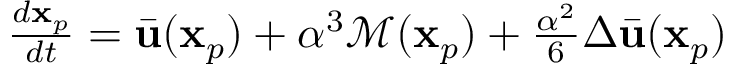
\begin{array} { r } { \frac { d \mathbf { x } _ { p } } { d t } = \bar { \mathbf { u } } ( \mathbf { x } _ { p } ) + \alpha ^ { 3 } \mathcal { M } ( \mathbf { x } _ { p } ) + \frac { \alpha ^ { 2 } } { 6 } \Delta \bar { \mathbf { u } } ( \mathbf { x } _ { p } ) } \end{array}